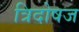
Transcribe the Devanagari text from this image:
त्रिदोषज